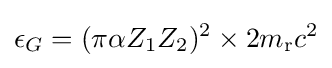
\epsilon _{G}=(\pi \alpha Z_{1}Z_{2})^{2}\times 2m_{\text{r}}c^{2}